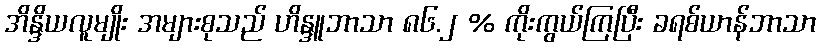
အိန္ဒိယလူမျိုး အများစုသည် ဟိန္ဒူဘာသာ ၈၆.၂ % ကိုးကွယ်ကြပြီး ခရစ်ယာန်ဘာသာ